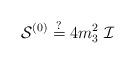
LaTeX: \begin{align*}\mathcal{S}^{(0)} \stackrel{?}{=} 4 m_3^2~ \mathcal{I}\end{align*}